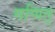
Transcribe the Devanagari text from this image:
गणित्